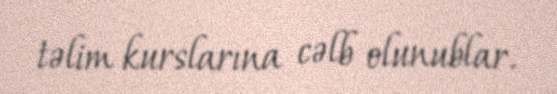
təlim kurslarına cəlb olunublar.